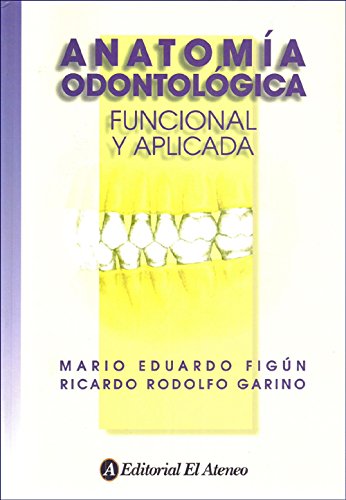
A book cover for Anatomia odontologica / Dental Anatomy: Funcional y aplicada / Functional and Applied (Spanish Edition); Mario Eduardo Figun; Medical Books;